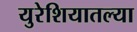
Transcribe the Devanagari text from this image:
युरेशियातल्या